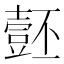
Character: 𱘡